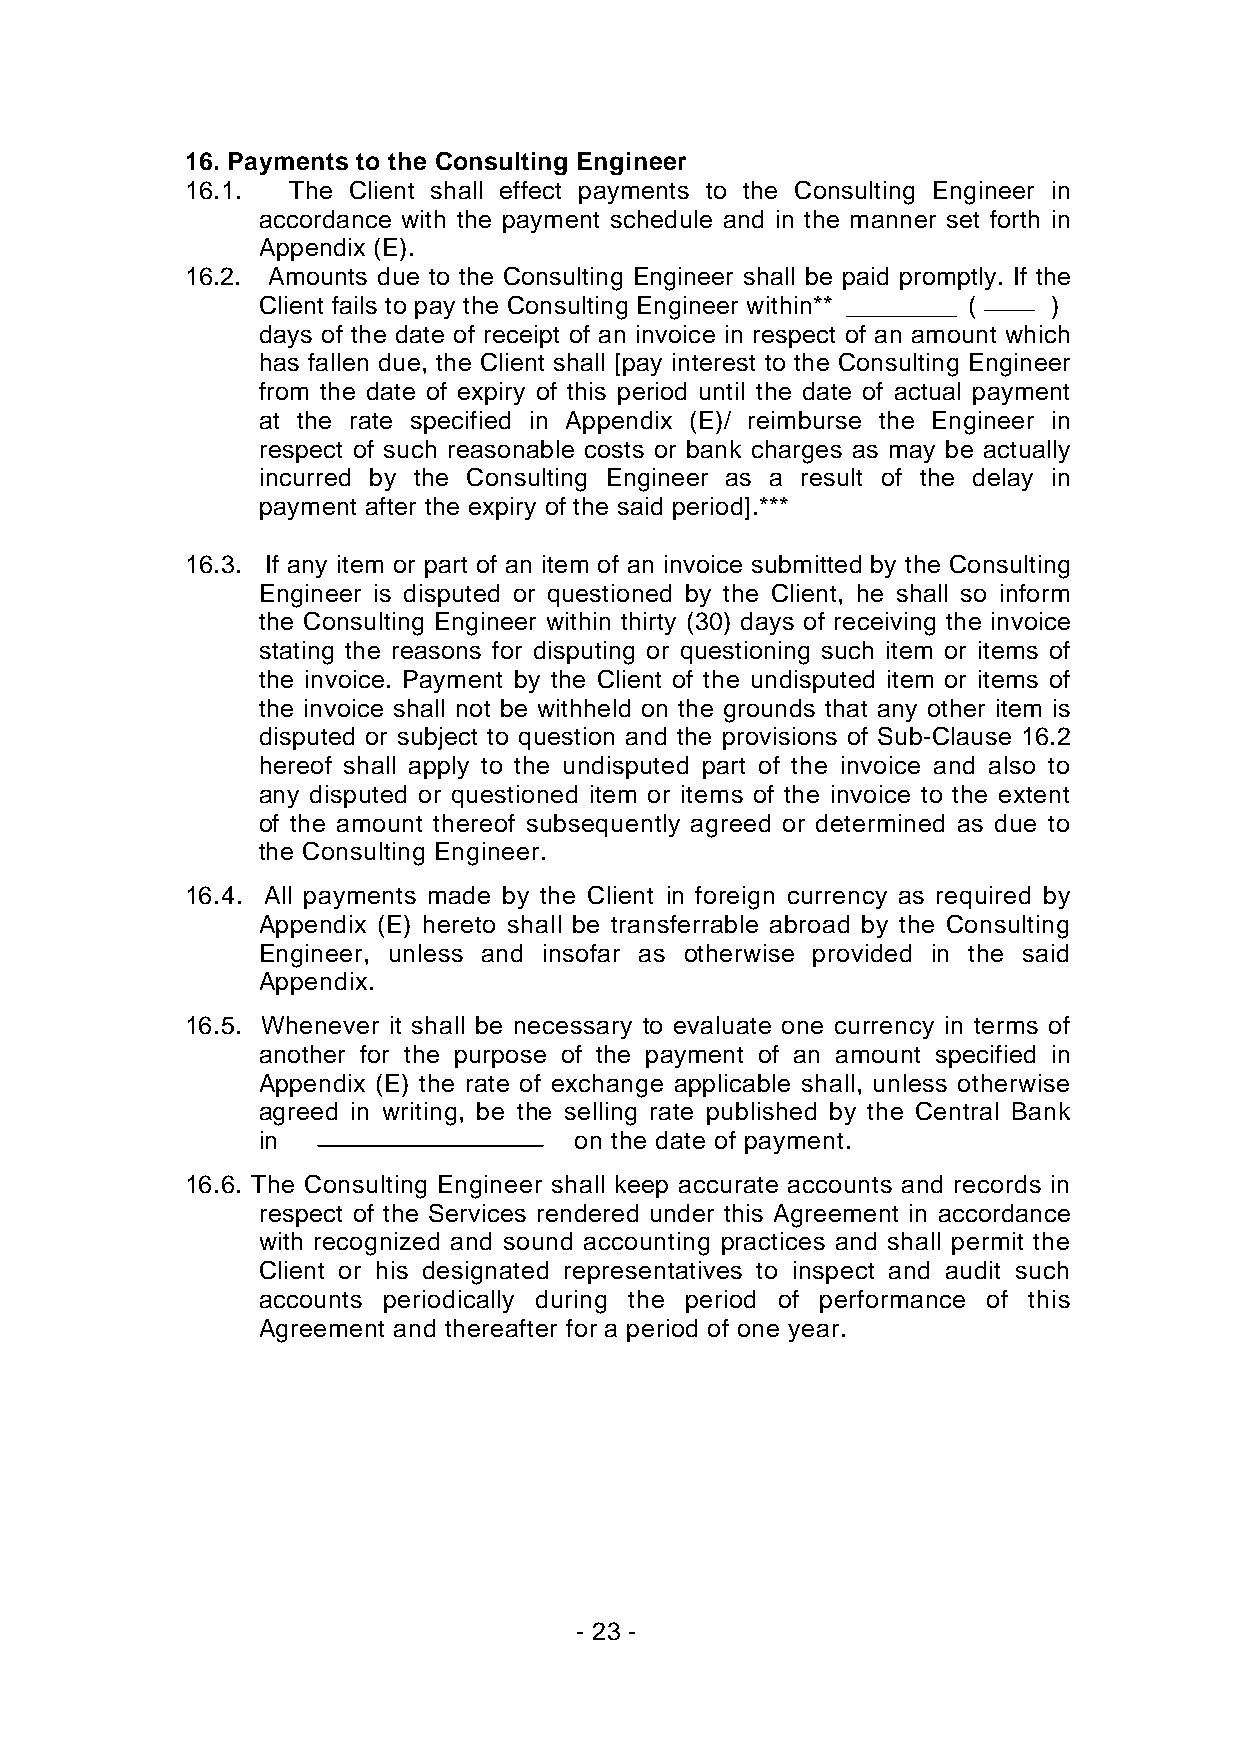
16. Payments to the Consulting Engineer
 16.1.  The Client shall effect payments to the Consulting Engineer in
 accordance with the payment schedule and in the manner set forth in
 Appendix (E).
 16.2. Amounts due to the Consulting Engineer shall be paid promptly. If the
 Client fails to pay the Consulting Engineer within** ________ ( )
 days of the date of receipt of an invoice in respect of an amount which
 has fallen due, the Client shall [pay interest to the Consulting Engineer
 from the date of expiry of this period until the date of actual payment
 at the rate specified in Appendix (E)/ reimburse the Engineer in
 respect of such reasonable costs or bank charges as may be actually
 incurred by the Consulting Engineer as a result of the delay in
 payment after the expiry of the said period].***
 16.3. If any item or part of an item of an invoice submitted by the Consulting
 Engineer is disputed or questioned by the Client, he shall so inform
 the Consulting Engineer within thirty (30) days of receiving the invoice
 stating the reasons for disputing or questioning such item or items of
 the invoice. Payment by the Client of the undisputed item or items of
 the invoice shall not be withheld on the grounds that any other item is
 disputed or subject to question and the provisions of Sub-Clause 16.2
 hereof shall apply to the undisputed part of the invoice and also to
 any disputed or questioned item or items of the invoice to the extent
 of the amount thereof subsequently agreed or determined as due to
 the Consulting Engineer.
 16.4. All payments made by the Client in foreign currency as required by
 Appendix (E) hereto shall be transferrable abroad by the Consulting
 Engineer, unless and insofar as otherwise provided in the said
 Appendix.
 16.5. Whenever it shall be necessary to evaluate one currency in terms of
 another for the purpose of the payment of an amount specified in
 Appendix (E) the rate of exchange applicable shall, unless otherwise
 agreed in writing, be the selling rate published by the Central Bank
 in                   on the date of payment.
 16.6. The Consulting Engineer shall keep accurate accounts and records in
 respect of the Services rendered under this Agreement in accordance
 with recognized and sound accounting practices and shall permit the
 Client or his designated representatives to inspect and audit such
 accounts periodically during the period of performance of this
 Agreement and thereafter for a period of one year.
 - 23 -